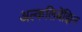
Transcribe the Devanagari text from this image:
अल्कलिबेंझिन